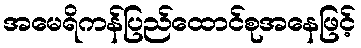
အမေရိကန်ပြည်ထောင်စုအနေဖြင့်